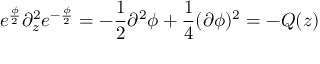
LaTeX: e ^ { \frac { \phi } { 2 } } \partial _ { z } ^ { 2 } e ^ { - \frac { \phi } { 2 } } = - \frac { 1 } { 2 } \partial ^ { 2 } \phi + \frac { 1 } { 4 } ( \partial \phi ) ^ { 2 } = - Q ( z )